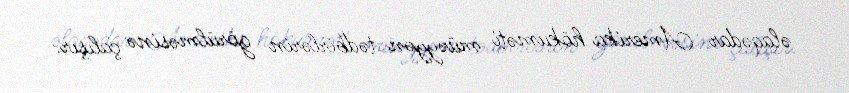
əlaqədar Amerika hökuməti müəyyən tədbirlərin görülməsinə çalışır.